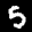
Digit: 5